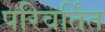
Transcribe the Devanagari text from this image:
परिवर्तिंत